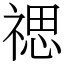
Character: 禗